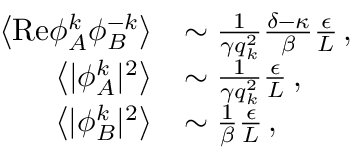
\begin{array} { r l } { \left\langle \mathrm { R e } { \phi } _ { A } ^ { k } { \phi } _ { B } ^ { - k } \right\rangle } & { \sim \frac { 1 } { \gamma q _ { k } ^ { 2 } } \frac { \delta - \kappa } { \beta } \frac { \epsilon } { L } \, , } \\ { \left\langle \vert { \phi } _ { A } ^ { k } \vert ^ { 2 } \right\rangle } & { \sim \frac { 1 } { \gamma q _ { k } ^ { 2 } } \frac { \epsilon } { L } \, , } \\ { \left\langle \vert { \phi } _ { B } ^ { k } \vert ^ { 2 } \right\rangle } & { \sim \frac { 1 } { \beta } \frac { \epsilon } { L } \, , } \end{array}